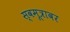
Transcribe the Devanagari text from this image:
स्वमूत्रावर